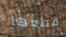
قطعها